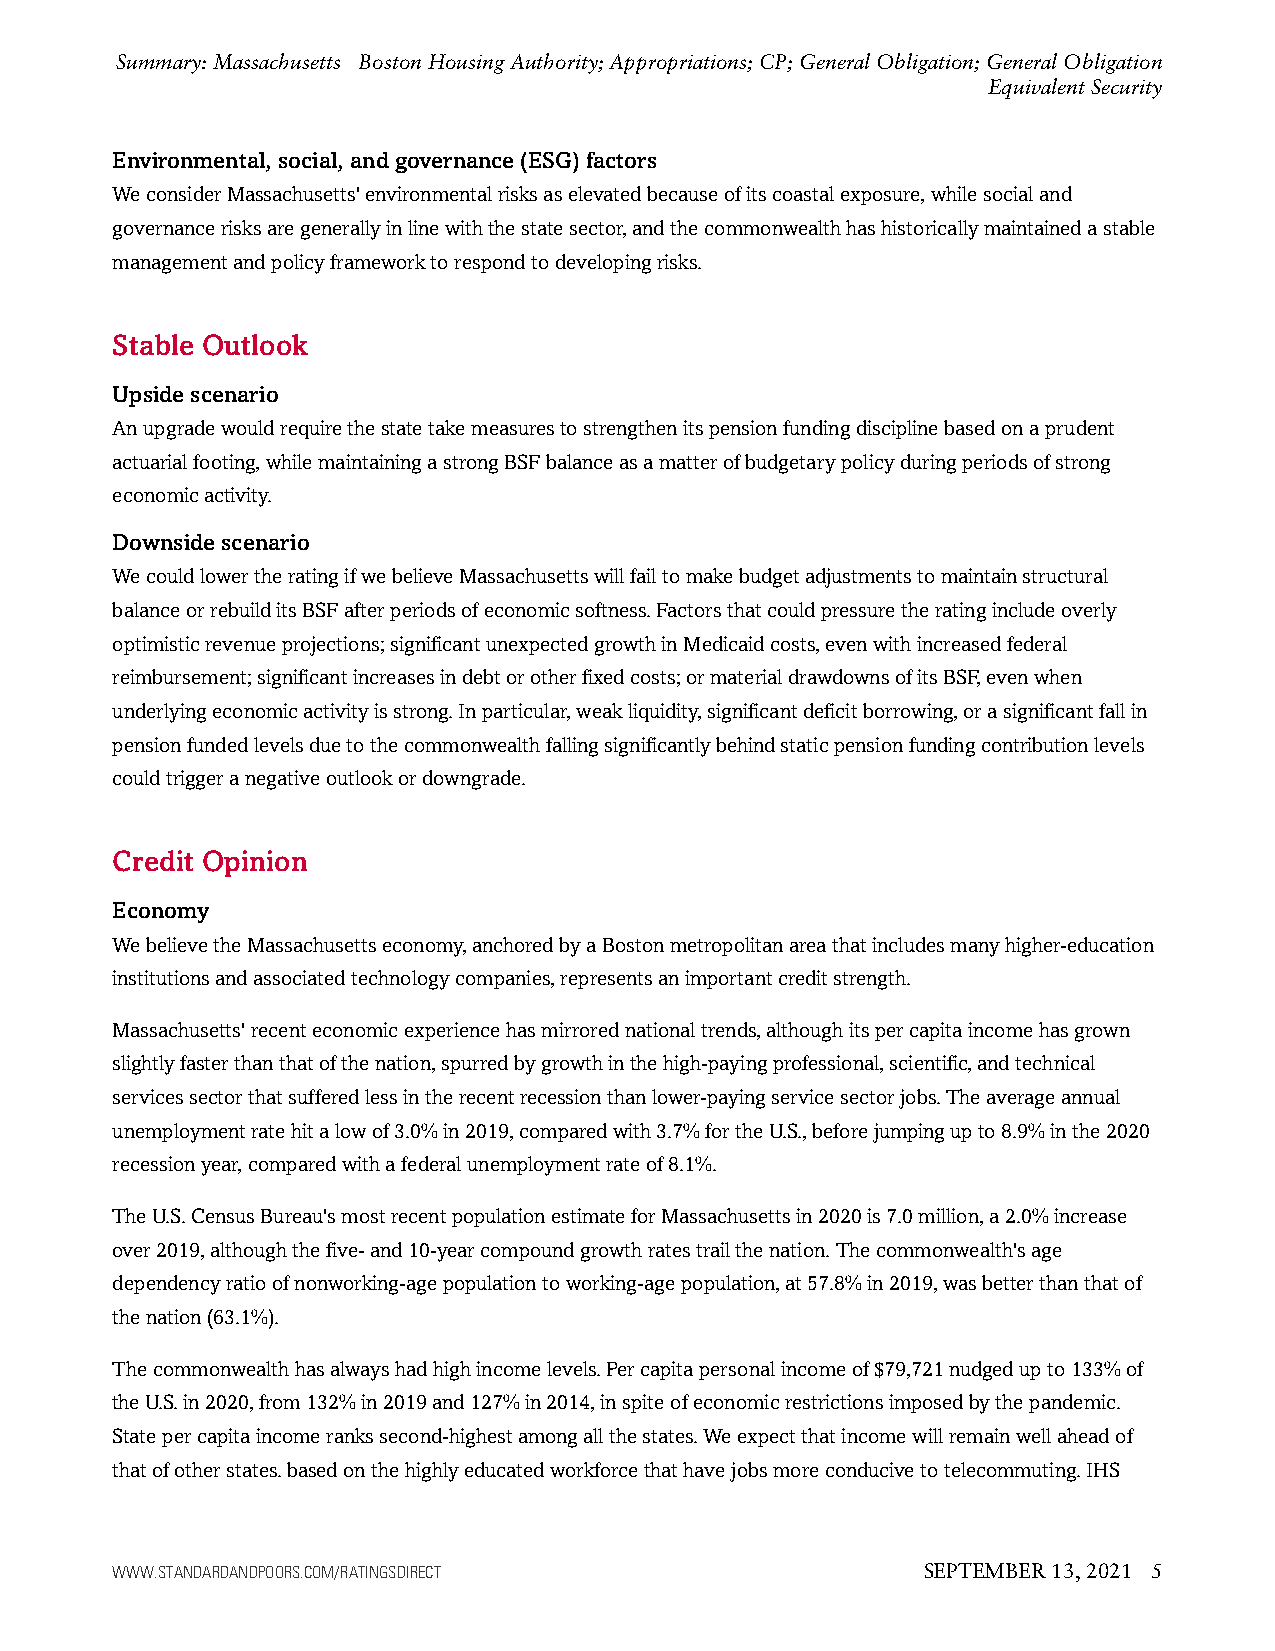
Summary: Massachusetts Boston Housing Authority; Appropriations; CP; General Obligation; General Obligation
 Equivalent Security
 Environmental,social,andgovernance(ESG)factors
 WeconsiderMassachusetts'environmentalrisksaselevatedbecauseofitscoastalexposure,whilesocialand
 governancerisksaregenerallyinlinewiththestatesector,andthecommonwealthhashistoricallymaintainedastable
 managementandpolicyframeworktorespondtodevelopingrisks.
 Stable Outlook
 Upsidescenario
 Anupgradewouldrequirethestatetakemeasurestostrengthenitspensionfundingdisciplinebasedonaprudent
 actuarialfooting,whilemaintainingastrongBSFbalanceasamatterofbudgetarypolicyduringperiodsofstrong
 economicactivity.
 Downsidescenario
 WecouldlowertheratingifwebelieveMassachusettswillfailtomakebudgetadjustmentstomaintainstructural
 balanceorrebuilditsBSFafterperiodsofeconomicsoftness.Factorsthatcouldpressuretheratingincludeoverly
 optimisticrevenueprojections;significantunexpectedgrowthinMedicaidcosts,evenwithincreasedfederal
 reimbursement;significantincreasesindebtorotherfixedcosts;ormaterialdrawdownsofitsBSF,evenwhen
 underlyingeconomicactivityisstrong.Inparticular,weakliquidity,significantdeficitborrowing,orasignificantfallin
 pensionfundedlevelsduetothecommonwealthfallingsignificantlybehindstaticpensionfundingcontributionlevels
 couldtriggeranegativeoutlookordowngrade.
 Credit Opinion
 Economy
 WebelievetheMassachusettseconomy,anchoredbyaBostonmetropolitanareathatincludesmanyhigher-education
 institutionsandassociatedtechnologycompanies,representsanimportantcreditstrength.
 Massachusetts'recenteconomicexperiencehasmirrorednationaltrends,althoughitspercapitaincomehasgrown
 slightlyfasterthanthatofthenation,spurredbygrowthinthehigh-payingprofessional,scientific,andtechnical
 servicessectorthatsufferedlessintherecentrecessionthanlower-payingservicesectorjobs.Theaverageannual
 unemploymentratehitalowof3.0%in2019,comparedwith3.7%fortheU.S.,beforejumpingupto8.9%inthe2020
 recessionyear,comparedwithafederalunemploymentrateof8.1%.
 TheU.S.CensusBureau'smostrecentpopulationestimateforMassachusettsin2020is7.0million,a2.0%increase
 over2019,althoughthefive-and10-yearcompoundgrowthratestrailthenation.Thecommonwealth'sage
 dependencyratioofnonworking-agepopulationtoworking-agepopulation,at57.8%in2019,wasbetterthanthatof
 thenation(63.1%).
 Thecommonwealthhasalwayshadhighincomelevels.Percapitapersonalincomeof$79,721nudgedupto133%of
 theU.S.in2020,from132%in2019and127%in2014,inspiteofeconomicrestrictionsimposedbythepandemic.
 Statepercapitaincomerankssecond-highestamongallthestates.Weexpectthatincomewillremainwellaheadof
 thatofotherstates.basedonthehighlyeducatedworkforcethathavejobsmoreconducivetotelecommuting.IHS
 WWW.STANDARDANDPOORS.COM/RATINGSDIRECT                SEPTEMBER 13, 2021 5